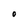
Character: O